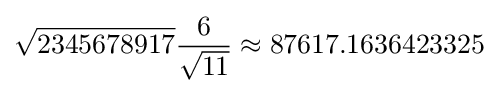
{\sqrt {2345678917}}{\frac {6}{\sqrt {11}}}\approx 87617.1636423325